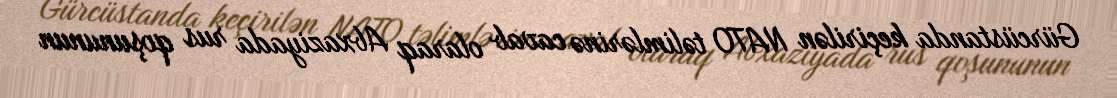
Gürcüstanda keçirilən NATO təlimlərinə cavab olaraq Abxaziyada rus qoşununun